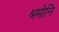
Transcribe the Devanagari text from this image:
श्रमोनि